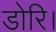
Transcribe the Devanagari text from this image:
डोरि।